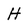
Character: H